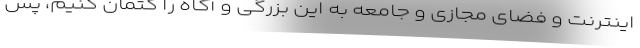
اینترنت و فضای مجازی و جامعه به این بزرگی و آگاه را کتمان کنیم، پس